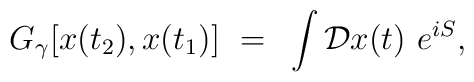
G_\gamma [x(t_2), x(t_1)] ~=~ \int {\cal D} x(t) \,\,e^{iS},